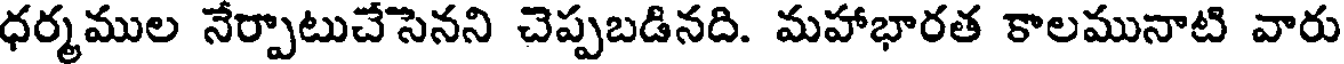
ధర్మముల నేర్పాటుచేసెనని చెప్పబడినది. మహాభారత కాలమునాటి వారు